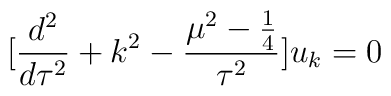
[\frac{d^2}{d\tau^2}+k^2-\frac{\mu^2-\frac{1}{4}}{\tau^2}]u_k=0